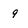
Character: 9